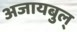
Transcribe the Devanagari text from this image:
अजायबुल्